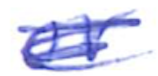
Text: or
Cross-out: scratch
Writing tool: ballpoint